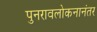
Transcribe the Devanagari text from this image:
पुनरावलोकनानंतर